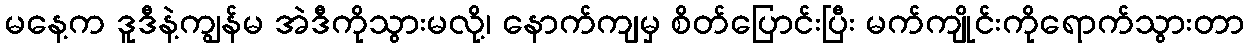
မနေ့က ဒူဒီနဲ့ကျွန်မ အဲဒီကိုသွားမလို့၊ နောက်ကျမှ စိတ်ပြောင်းပြီး မက်ကျိုင်းကိုရောက်သွားတာ